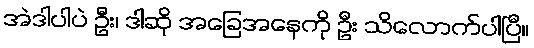
အဲဒါပါပဲ ဦး၊ ဒါဆို အခြေအနေကို ဦး သိလောက်ပါပြီ။